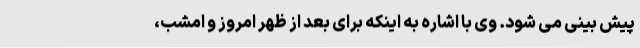
پیش بینی می شود. وی با اشاره به اینکه برای بعد از ظهر امروز و امشب،